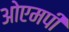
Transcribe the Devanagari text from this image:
ओएमपी